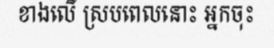
ខាងលើ ស្របពេលនោះ អ្នកចុះ